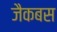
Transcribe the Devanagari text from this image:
जैकबस